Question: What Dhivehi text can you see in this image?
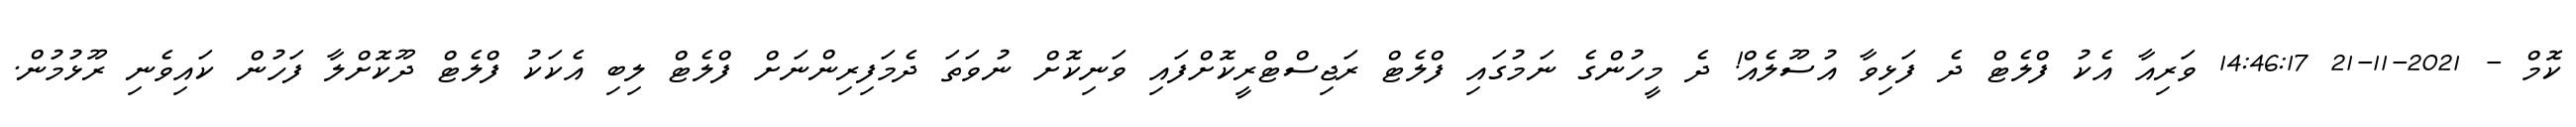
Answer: ކޮމް - 2021-11-21 14:46:17 ވަރިއާ އެކު ފްލެޓް ދެ ފަޅިވާ އުސޫލެއް! ދެ މީހުންގެ ނަމުގައި ފްލެޓް ރަޖިސްޓްރީކޮށްފައި ވަނިކޮށް ނުވަތަ ދެމަފިރިންނަށް ފްލެޓް ލިބި އެކަކު ފްލެޓް ދޫކޮށްލާ ފަހުން ކައިވެނި ރޫޅުމުން.